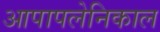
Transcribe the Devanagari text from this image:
आपापलेनिकाल